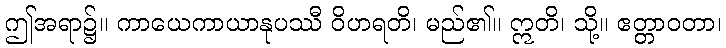
ဤအရာ၌။ ကာယေကာယာနုပဿီ ဝိဟရတိ၊ မည်၏။ ဣတိ၊ သို့။ ဧတ္တာဝတာ၊